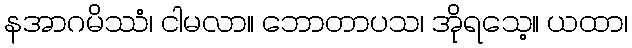
နအာဂမိဿံ၊ ငါမလာ။ ဘောတာပသ၊ အိုရသေ့။ ယထာ၊